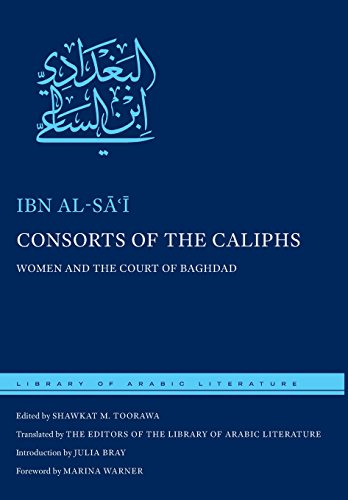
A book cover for Consorts of the Caliphs: Women and the Court of Baghdad (Library of Arabic Literature); Ibn al-Sai; Literature & Fiction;